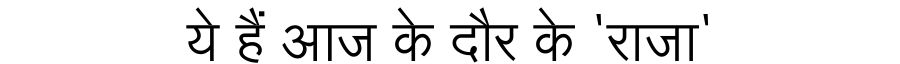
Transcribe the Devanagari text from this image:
ये हैं आज के दौर के 'राजा'